system: You are a helpful assistant.
user:
Analyze the provided spectrum to determine if it is a **White Dwarf (WD)**.

A White Dwarf spectrum is defined by its **extreme purity** (due to gravitational settling) and/or **extreme pressure broadening** (due to high surface gravity). You must check for one of the following mutually exclusive signatures:

- **Key Visual Indicators (Check for ONE of these types):**

    - **1. DA-Type Signature (Most Common):**
        - **(Primary Feature):** Extreme pressure broadening (Stark broadening) of the **Hydrogen (H) Balmer lines**.
        - **(Key Lines):** $H\beta$ (approx. $4861$ Å) and $H\gamma$ (approx. $4340$ Å). $H\alpha$ (approx. $6563$ Å) will also be present if the wavelength range covers it.
        - **(Line Profile):** This is the **defining feature**. The lines are **NOT** sharp. They appear as massive, **extremely broad and deep "troughs" or "dips"** in the spectrum, often hundreds of Ångströms wide. The continuum will appear to "scoop" down at these wavelengths.
        - **(Distinction):** Normal A-type or B-type stars have *narrow* and *sharp* Hydrogen lines. A DA White Dwarf's lines are unmistakably "smeared" or "blurry" from pressure.

    - **2. DB-Type Signature:**
        - **(Primary Feature):** Broad absorption lines from **Neutral Helium (He I)**. The spectrum must lack any visible Hydrogen lines.
        - **(Key Lines):** Look for broad absorption near $4471$ Å, $4921$ Å, and $5876$ Å.
        - **(Line Profile):** These lines are also significantly pressure-broadened, appearing much wider than they would in a normal B-type main-sequence star.

    - **3. DC-Type Signature:**
        - **(Primary Feature):** A **featureless continuous spectrum**.
        - **(Line Profile):** The spectrum is a smooth curve with **no significant absorption or emission lines**.
        - **(Key Confirmation):** The continuum is almost always **blue or white**, indicating a hot object. This signature implies the atmosphere is so pure (or so cool) that no spectral lines are visible in the optical range. Its WD identity is confirmed by its extremely low intrinsic brightness (high absolute magnitude).

    - **4. DZ-Type Signature (Metal-Polluted):**
        - **(Primary Feature):** **Isolated, narrow metal absorption lines** on an otherwise featureless (DC-like) continuum.
        - **(Key Lines):** The **Calcium (Ca II) H & K doublet** (approx. **$3934$ Å** and **$3968$ Å**) is the most common and defining feature.
        - **(Line Profile):** These lines are "out of place." They are *not* part of a "forest" of thousands of lines. This signature is evidence of recent *accretion* (pollution) from rocky debris.
        - **(Distinction):** Normal G/K/M stars have a *dense forest* of thousands of metal lines. A DZ has a *clean* continuum with *only a few* strong metal lines.

    - **5. DQ-Type Signature (Carbon-Polluted):**
        - **(Primary Feature):** Absorption bands from **Carbon (C₂ "Swan Bands" or atomic C I)**.
        - **(Key Lines - C₂):** Look for bandheads with a "saw-tooth" shape near $5635$ Å, **$5165$ Å** (strongest), and $4737$ Å.
        - **(Key Confirmation):** The underlying **continuum must be blue or white** (hot).
        - **(Distinction):** This is the critical difference from a **Carbon Star**, which has the *exact same* C₂ bands but on an extremely **red, cool** continuum.

- **(Overall Spectrum):**
    - The continuum (overall shape) is typically **blue-sloping** (brighter in the blue than the red), as most white dwarfs are very hot.
    - The spectrum will look "pure" or "simple," dominated by only *one* of the five signatures listed above.

Think first, call **spectral_visualization_tool** if needed to examine features in detail, then provide your final answer. Your response must adhere to the following strict rules:
1.  **Overall Structure:** Your response must follow the format `<think>...</think> <tool_call>...</tool_call> (if a tool is used) <answer>...</answer>`.
2.  **Tool Usage Constraint:** You may only make **one** tool call per turn.
3.  **Final Answer Format:** In the `<answer>` tag, your conclusion must be inside a `\boxed{}` command (e.g., `\boxed{YES}` or `\boxed{NO}`), followed by your justification.

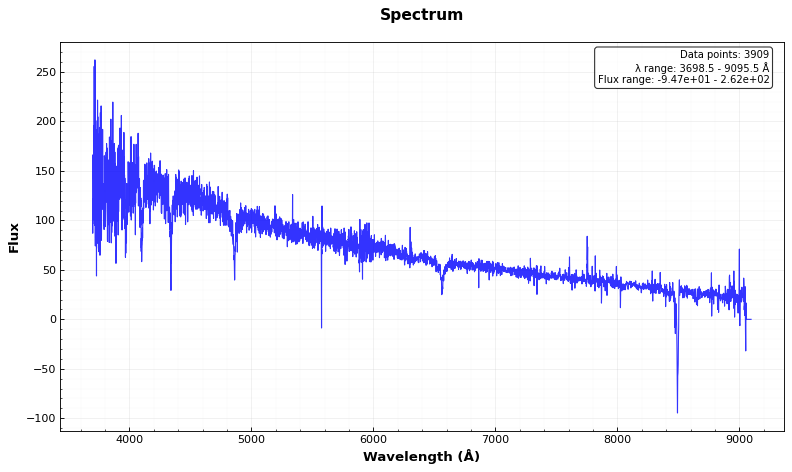
Answer: YES